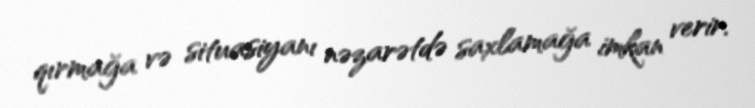
qırmağa və situasiyanı nəzarətdə saxlamağa imkan verir.